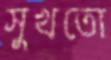
সুখতো